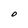
Character: O